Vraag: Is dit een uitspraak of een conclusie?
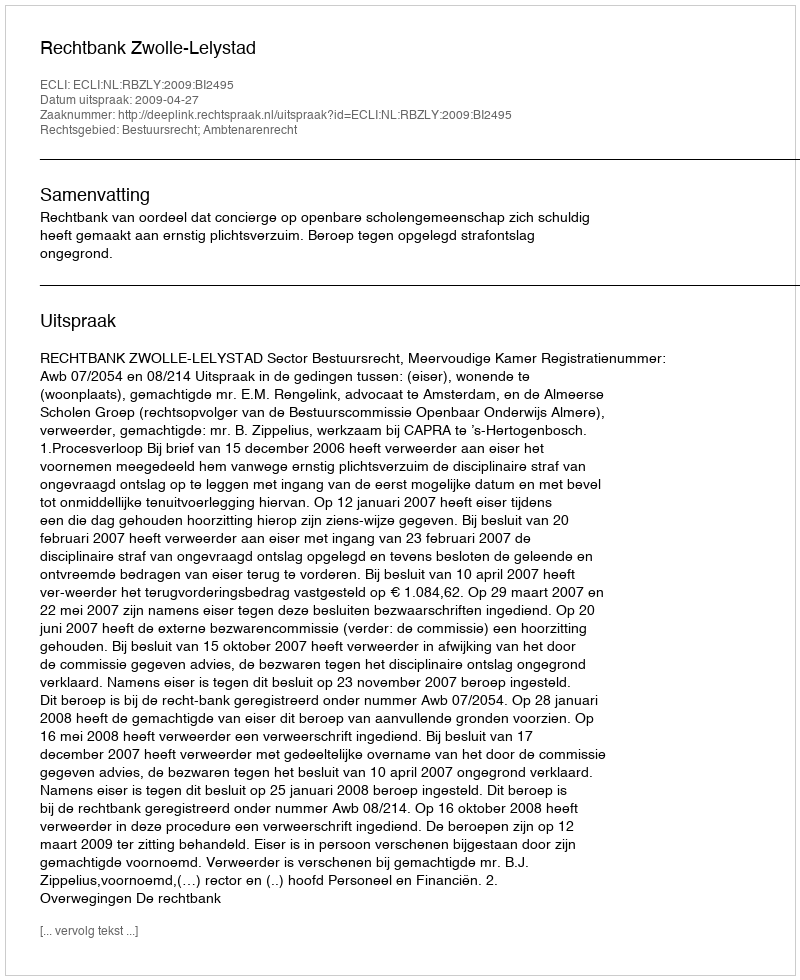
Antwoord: Uitspraak